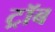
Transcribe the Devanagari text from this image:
ट्रॉब